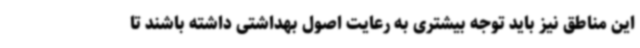
این مناطق نیز باید توجه بیشتری به رعایت اصول بهداشتی داشته باشند تا